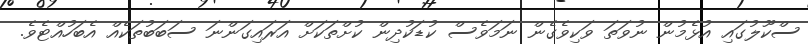
ސްކޫލުގައި އުޅެމުން ނުވަތަ ވަކިވެގެން ނަމަވެސް ކުޑަކުދިން ކުށްތަކަށް އަރައިގަންނަ ސަބަބުތަކެއް އެބަހުއްޓެވެ.